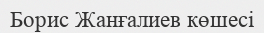
Борис Жанғалиев көшесі